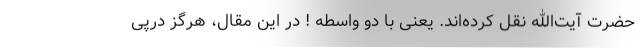
حضرت آیت‌الله نقل کرده‌اند. یعنی با دو واسطه ! در این مقال، هرگز درپی